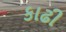
કાઢી